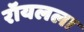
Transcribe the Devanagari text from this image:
रॉयलला